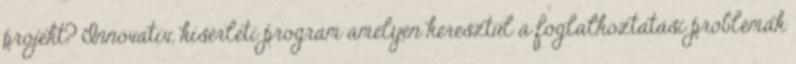
projekt? Innovatív, kísérleti program amelyen keresztül a foglalkoztatási problémák